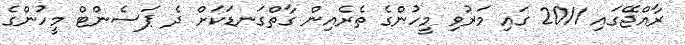
ރާއްޖޭގައި 2011 ގައި މަރުވި މީހުންގެ ތެރެއިން ގާތްގަނޑަކަށް ދެ ޕަސެންޓް މީހުންގެ